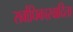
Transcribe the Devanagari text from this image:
सर्वाधिकारवादिता